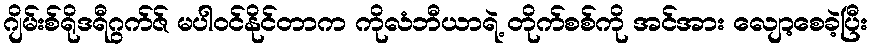
ဂျိမ်းစ်ရိုဒရီဂွက်ဇ် မပါဝင်နိုင်တာက ကိုလံဘီယာရဲ့ တိုက်စစ်ကို အင်အား လျော့စေခဲ့ပြီး